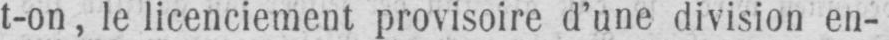
t-on, le licenciement provisoire d’une division en-